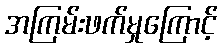
အကြမ်းဖက်မှုကြောင့်